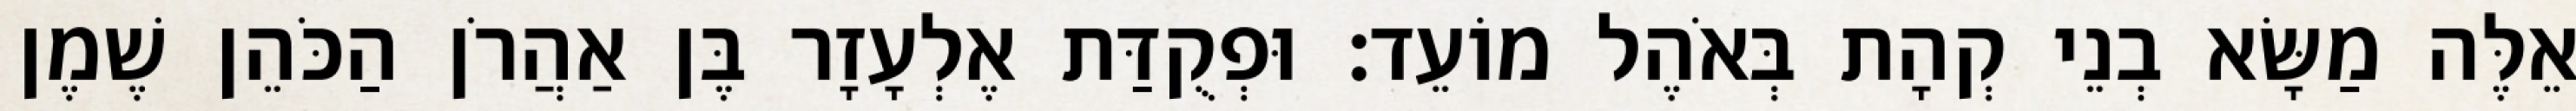
אֵלֶּה מַשָּׂא בְנֵי קְהָת בְּאֹהֶל מוֹעֵד׃ וּפְקֻדַּת אֶלְעָזָר בֶּן אַהֲרֹן הַכֹּהֵן שֶׁמֶן